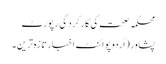
محکمہ صحت کی کارکردگی رپورٹ
پشاور(اُردو پوائنٹ اخبارتازہ ترین۔